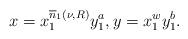
LaTeX: \begin{align*}x=x_1^{\overline n_1(\nu,R)}y_1^a, y=x_1^wy_1^b.\end{align*}